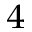
^ 4